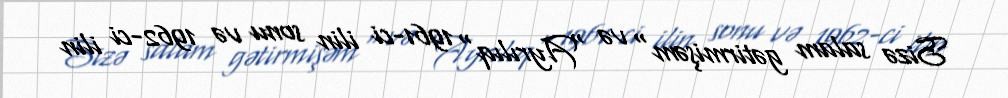
Sizə salam gətirmişəm" və "Ayrılıq" 1961-ci ilin sonu və 1962-ci ilin